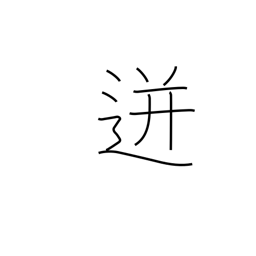
Meaning: spurt